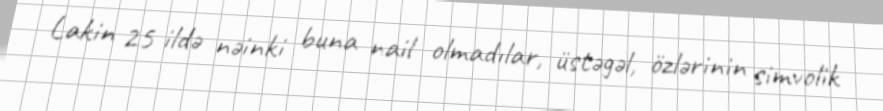
Lakin 25 ildə nəinki buna nail olmadılar, üstəgəl, özlərinin simvolik